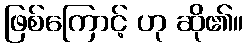
ဖြစ်ကြောင့် ဟု ဆို၏။